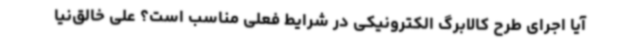
آیا اجرای طرح کالابرگ الکترونیکی در شرایط فعلی مناسب است؟ علی خالق‌نیا